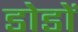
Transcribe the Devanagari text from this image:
डोडों